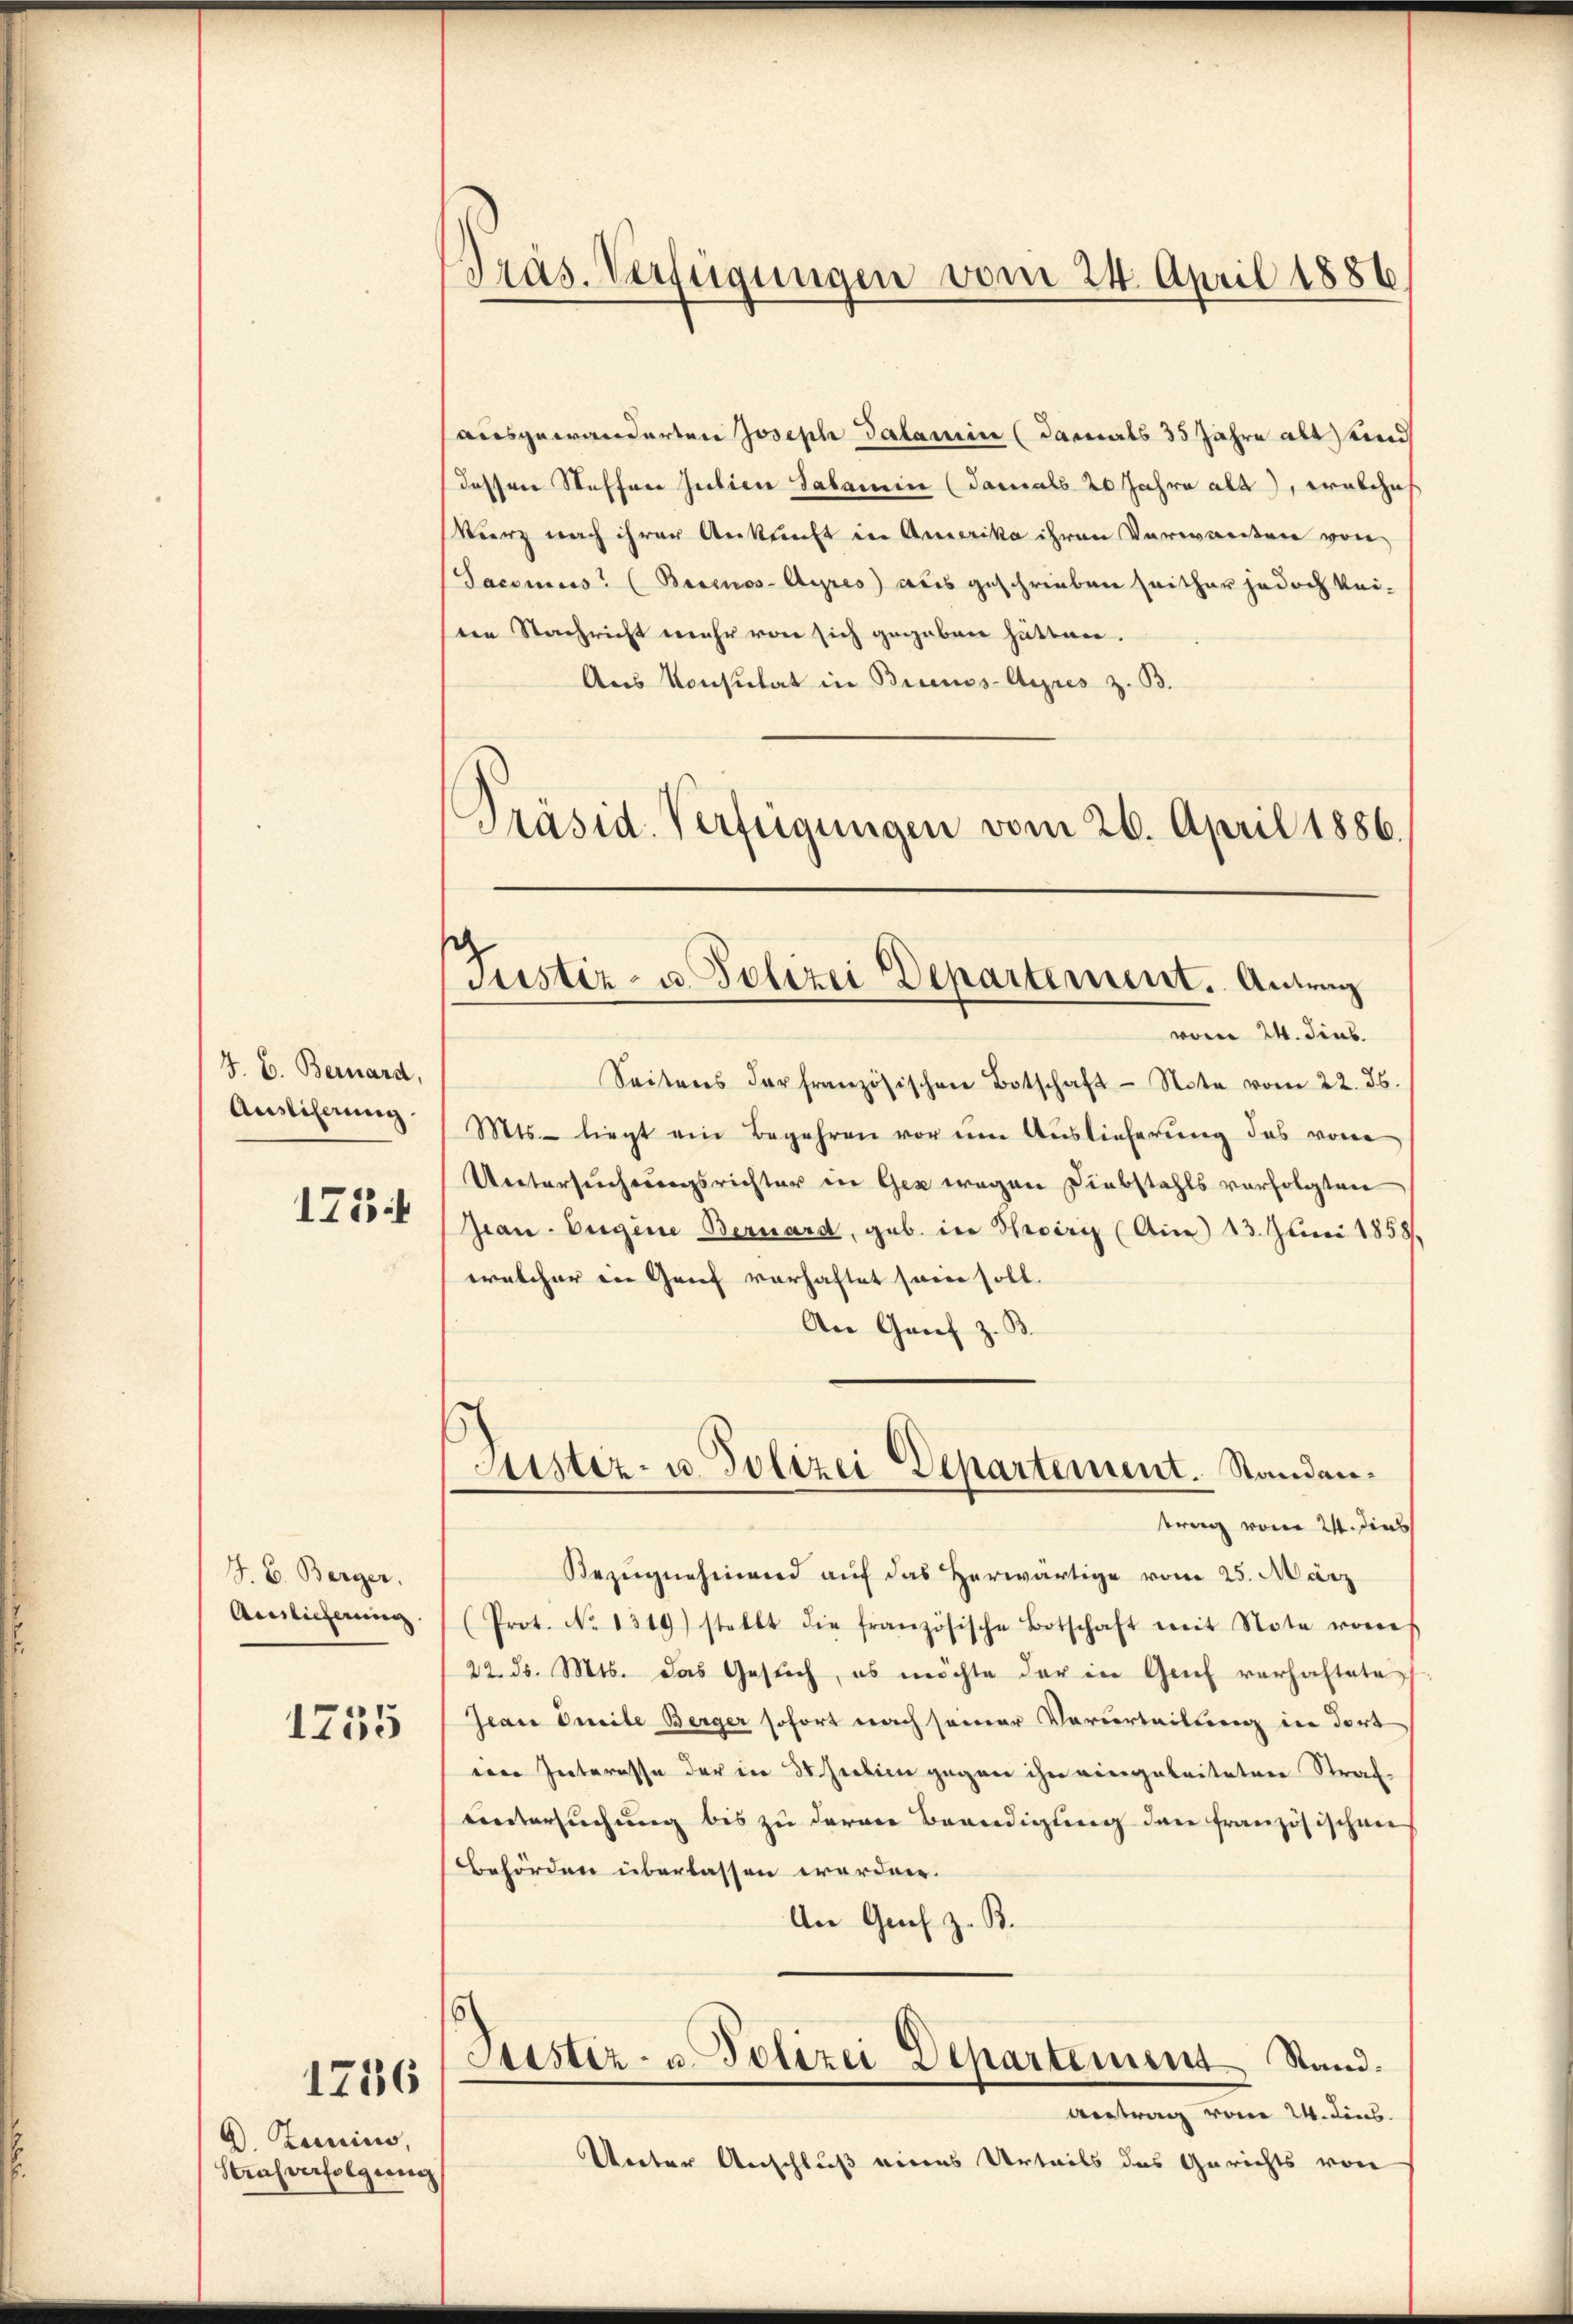
J. B. Bernard,
Auslicherung.
173

J. C. Berger.
Ainlicherung
1755

1786

A Kamins,
Strafverfolgung

¬
Pras. Verfügungen vom 24. April 1886

ausgewänderten Joseph Salamin (damals 35 Jahre alt und
dessen Steffen Julien Salamin (damals 20 Jahre als, welches
kurz nach ihrer Ankunft in Amerika ihren Verwarten von
Saconus (Berinos-Ayres) aus geschrieben seither jedoch keine Nachricht mehr von sich gegeben hätten.
Aus Konsulat in Buenos-Ayres z. B.
Präsid. Verfügungen vom 26. April 1886.

Justiz- u. Polizei Departement. Antrag

Sistiz- u. Polizei Departement. Standen¬

vom 24. dies
Seitens der französischen Botschaft Note vom 22. ds.
Mts. liegt ein Begehren vor am Auslieferŭng das von
Untersuchungsrichter in Gez wegen Diebstahls verfolgten
Grau-Eugene Bernard, geb. in Herz (Ain) 13. Juni 1858.
welcher in Grief vorhaftet seien soll.
An Genf z. B.
trag vom 24. dies
Bezŭgnehmend auf das herwärtige vom 25. März
(Prot. No 1319) stellt die französische Botschaft mit Note von
22. ds. Mts. das Gesŭch, es möchte der in Genf verhaftete
Jean Dreile Berger sofort nach seiner Verurteilung in dort
eene Interesse der in 30 sieben gegen ihn eingeleiteten Strafuntersuchung bis zu daran Beendigung der französischen
Behörden überlassen worden.
An Gech z. B.
Justiz- u. Polizei Departement Stand.
Antrag vom 24. Dins.
Unter Anschluß eines Urteils das Gerichts von